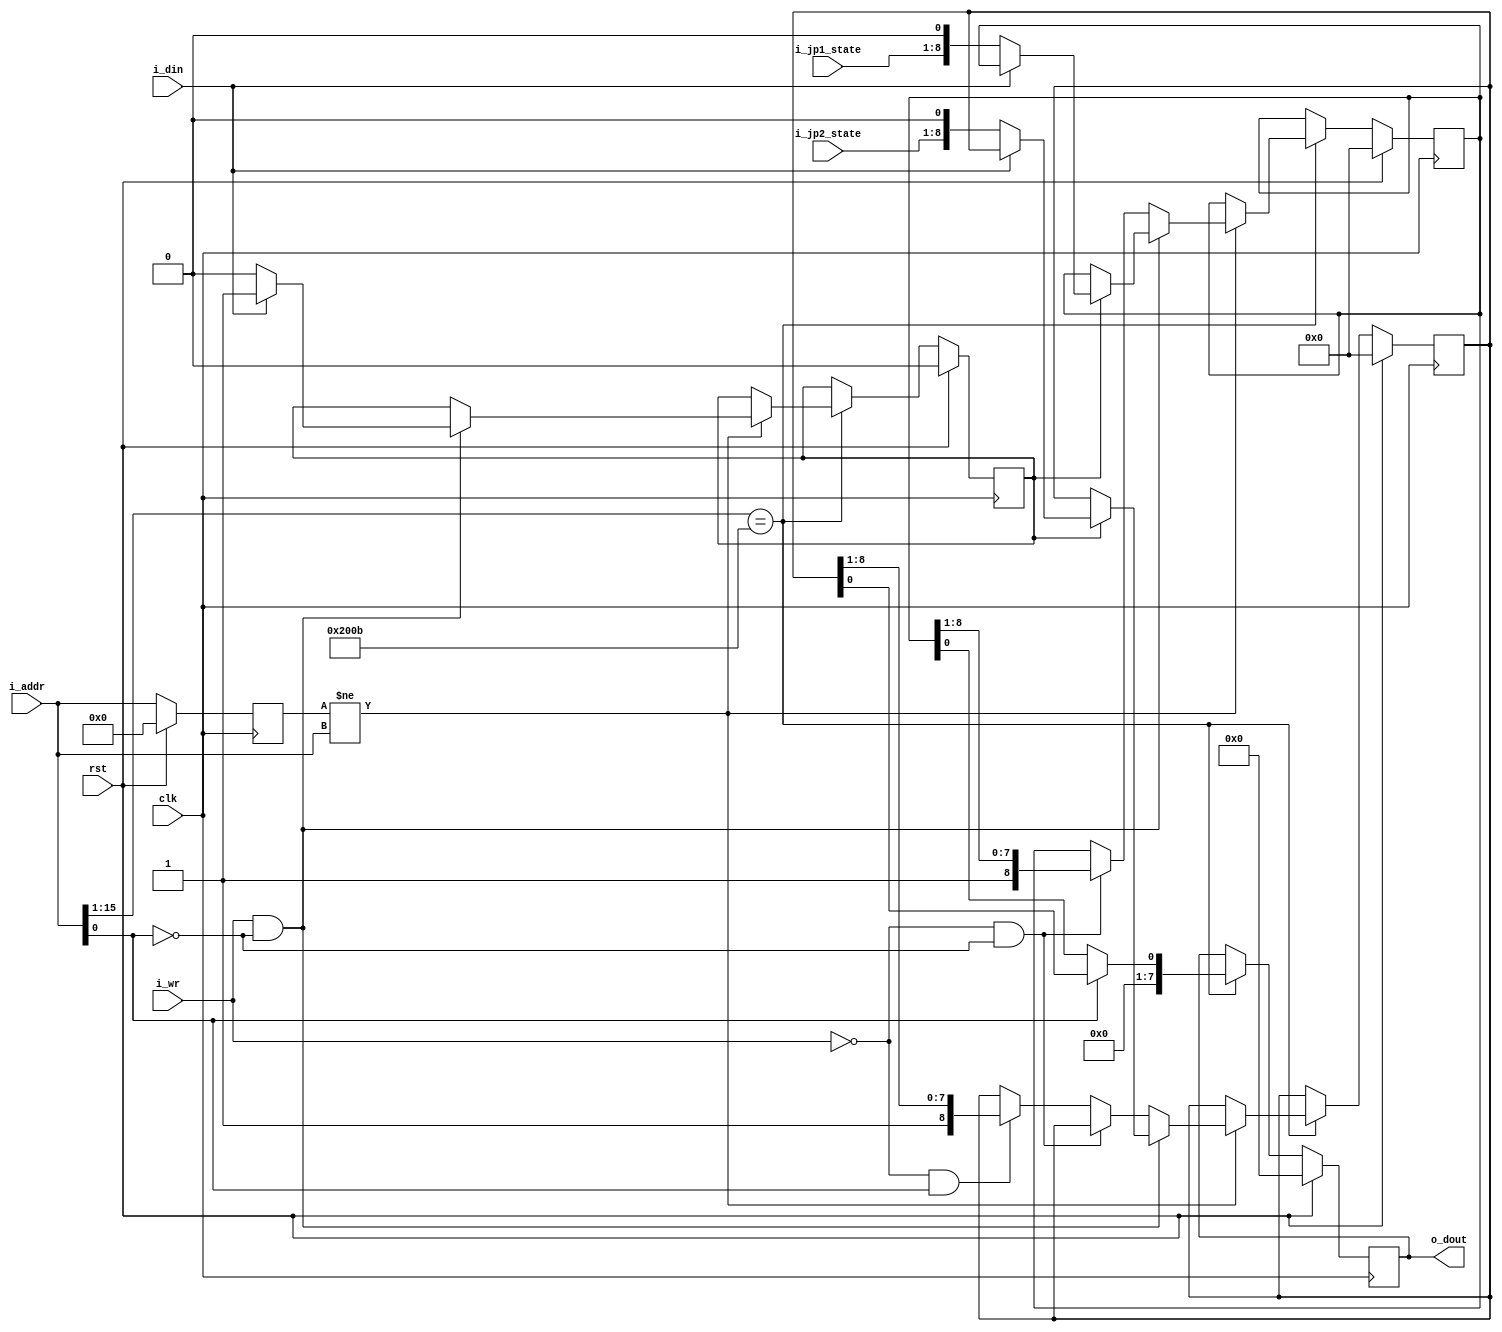
module jp(
  input              clk,         // 100MHz system clock signal
  input              rst,         // reset signal

  input              i_wr,         // i_write enable signal
  input       [15:0] i_addr,       // 16-bit memory i_address
  input              i_din,        // data input bus
  output reg  [7:0]  o_dout,       // data output bus

  input       [7:0]  i_jp1_state,  //state of the joy pad 1
  input       [7:0]  i_jp2_state   //state of the joy pad 2
);

//Local Parameters
localparam [15:0] JOYPAD1_MMR_ADDR = 16'h4016;
localparam [15:0] JOYPAD2_MMR_ADDR = 16'h4017;

//Registers/Wires
reg   [15:0]          r_prev_addr;
wire                  w_new_addr;
reg                   r_wrote_1_flag;
reg   [8:0]           r_jp1_state;
reg   [8:0]           r_jp2_state;

//Submodules
//Asynchronous Logic
assign  w_new_addr  = (r_prev_addr != i_addr);
//Synchronous Logic

always @ (posedge clk) begin
  if (rst) begin
    o_dout                  <=  0;
    r_prev_addr             <=  0;
    r_wrote_1_flag          <=  0;
    r_jp1_state             <=  0;
    r_jp2_state             <=  0;
  end
  else begin
    //Only process a command when i_address changes from not this i_address to this i_address
    if (i_addr[15:1] == JOYPAD1_MMR_ADDR[15:1]) begin
      //User has accessed the joypad register(s), depeni_ding on the last
      //bit send the appropriate joystick information (1 or 2)
      o_dout              <= { 7'h00, ((i_addr[0]) ? r_jp2_state[0] : r_jp1_state[0]) };
      if (w_new_addr) begin
        if (i_wr && !i_addr[0]) begin
          if (!r_wrote_1_flag) begin
            if (i_din == 1'b1) begin
              r_wrote_1_flag    <= 1;
            end
          end
          else begin
            if (i_din == 1'b0) begin
              r_wrote_1_flag    <=  0;
              r_jp1_state     <=  {i_jp1_state, 1'b0};
              r_jp2_state     <=  {i_jp2_state, 1'b0};
            end
          end
        end
        //Shift appropriate JP read state on every read, after 8 reads, all subsequent reads should be 1
        else if (!i_wr && !i_addr[0]) begin
          r_jp1_state         <=  {1'b1, r_jp1_state[8:1]};
        end
        else if (!i_wr && i_addr[0]) begin
          r_jp2_state         <=  {1'b1, r_jp2_state[8:1]};
        end
      end
    end
    r_prev_addr             <=  i_addr;
  end
end
endmodule